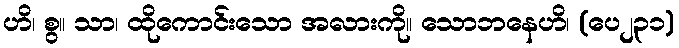
ဟိ၊ စွ။ သာ၊ ထိုကောင်းသော အလားကို။ သောဘနေဟိ၊ (ပေ၂၃၁)